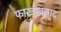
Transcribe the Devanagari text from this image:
फारूखजाद